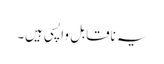
یہ ناقابلِ واپسی ہیں۔